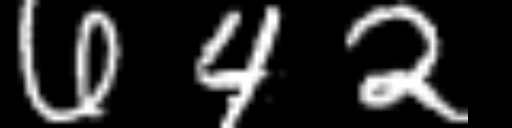
Text: 642